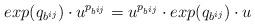
LaTeX: \begin{align*}exp(q_{b^{ij}})\cdot u^{p_{b^{ij}}}=u^{p_{b^{ij}}}\cdot exp(q_{b^{ij}})\cdot u\end{align*}